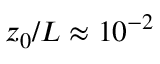
z _ { 0 } / L \approx 1 0 ^ { - 2 }